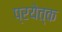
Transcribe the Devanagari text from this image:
प्रयेत्क